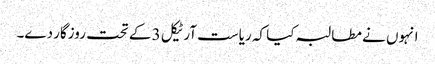
انہوں نے مطالبہ کیا کہ ریاست آرٹیکل 3 کے تحت روزگار دے۔